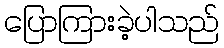
ပြောကြားခဲ့ပါသည်